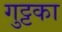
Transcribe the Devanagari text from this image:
गुट्टका